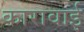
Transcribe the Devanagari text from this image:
कारावाई